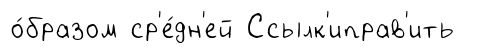
о́бразом ср'е́дн'ей Ссылк'иправ'ить